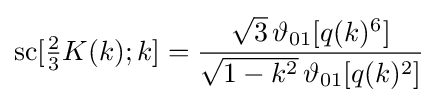
\operatorname {sc} [{\tfrac {2}{3}}K(k);k]={\frac {{\sqrt {3}}\,\vartheta _{01}[q(k)^{6}]}{{\sqrt {1-k^{2}}}\,\vartheta _{01}[q(k)^{2}]}}